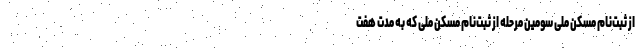
از ثبت‌نام مسکن ملی سومین مرحله از ثبت‌نام مسکن ملی که به مدت هفت